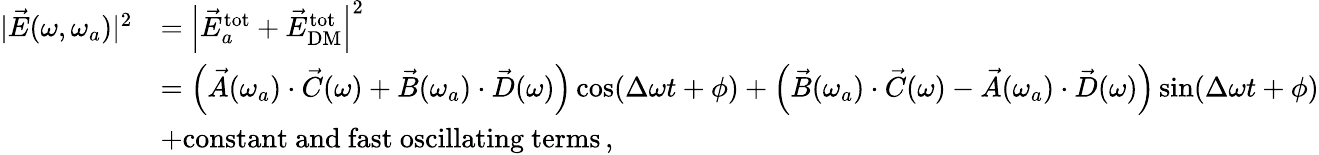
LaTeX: \begin{array}{rl}{|\vec{E}(\omega,\omega_{a})|^{2}}&{=\left|\vec{E}_{a}^{\mathrm{tot}}+\vec{E}_{\mathrm{DM}}^{\mathrm{tot}}\right|^{2}\, }\\ &{=\left(\vec{A}(\omega_{a})\cdot\vec{C}(\omega)+\vec{B}(\omega_{a})\cdot\vec{D}(\omega)\right)\cos(\Delta\omega t+\phi)+\left(\vec{B}(\omega_{a})\cdot\vec{C}(\omega)-\vec{A}(\omega_{a})\cdot\vec{D}(\omega)\right)\sin(\Delta\omega t+\phi)}\\ &{+\mathrm{constant\ and\ fast\ oscillating\ terms}\, ,}\end{array}